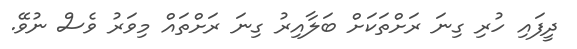
ދީފައި ހުރި ގިނަ ރަށްތަކަށް ބަލާއިރު ގިނަ ރަށްތައް މިވަރު ވެސް ނުވޭ.